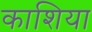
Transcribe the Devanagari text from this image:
काशिया